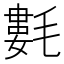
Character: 氀